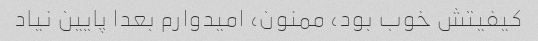
کیفیتش خوب بود، ممنون، امیدوارم بعدا پایین نیاد